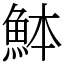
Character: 䱁